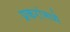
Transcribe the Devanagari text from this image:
प्रकरांमध्ये